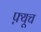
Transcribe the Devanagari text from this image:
फ़्यूच